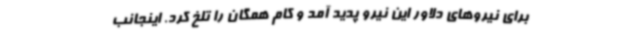
برای نیروهای دلاور این نیرو پدید آمد و کام همگان را تلخ کرد. اینجانب